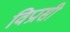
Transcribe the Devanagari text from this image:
विप्रासी